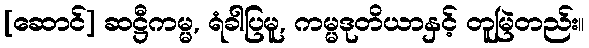
[ဆောင်] ဆဋ္ဌီကမ္မ, ရံခါပြမူ, ကမ္မဒုတိယာနှင့် တူမြဲတည်း။